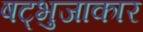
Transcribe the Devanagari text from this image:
षट्भुजाकार